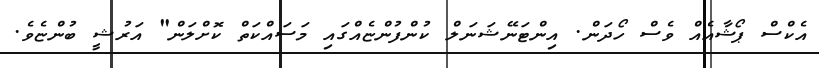
އެކްސް ޕޯޝާއެއް ވެސް ހޯދަން. އިންޓަނޭޝަނަލް ކުންފުންޏެއްގައި މަސައްކަތް ކޮށްލަން" އަރުޝީ ބުންޏެވެ.